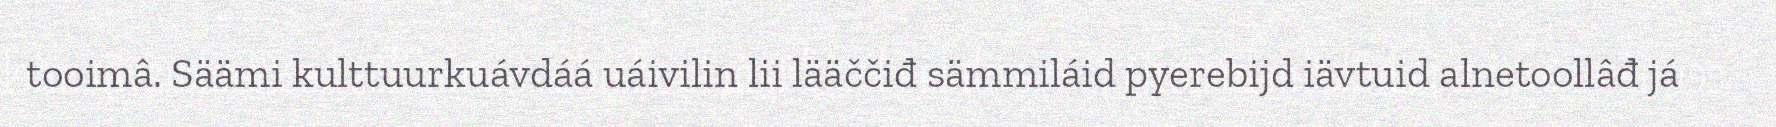
tooimâ. Säämi kulttuurkuávdáá uáivilin lii lääččiđ sämmiláid pyerebijd iävtuid alnetoollâđ já